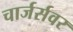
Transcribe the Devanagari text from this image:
चार्जर्सवर